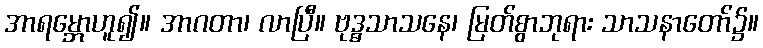
အာရမ္ဘောဟူ၍။ အာဂတာ၊ လာပြီ။ ဗုဒ္ဓသာသနေ၊ မြတ်စွာဘုရား သာသနာတော်၌။